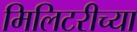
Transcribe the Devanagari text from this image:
मिलिटरीच्या